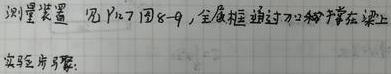
测量装置：见P17图8 - 9，金属框通过刀口架在梁上
实验方案：